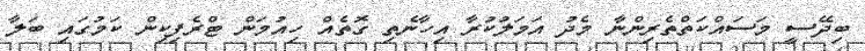
ބިދޭސީ މަސައްކަތްތެރިންނާ މެދު އަމަލުކުރާ އިހާނެތި ގޮތެއް ހިއުމަން ޓްރެފިކިން ކަމުގައި ބަލާ